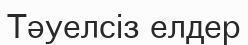
Тәуелсіз елдер